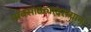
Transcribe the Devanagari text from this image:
पावसाळ्यादरम्यान